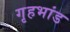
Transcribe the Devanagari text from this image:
गृहभांड